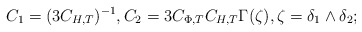
\begin{align*}C_1 = (3C_{H,T})^{-1}, C_2= 3C_{\Phi,T} C_{H,T} \Gamma(\zeta),\zeta=\delta_1\wedge \delta_2;\end{align*}